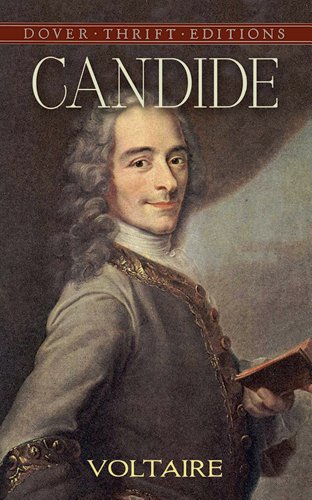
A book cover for Candide (Dover Thrift Editions); Voltaire; Literature & Fiction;